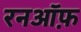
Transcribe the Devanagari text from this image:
रनऑफ़